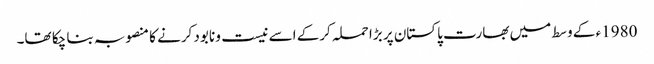
1980ء کے وسط میں بھارت پاکستان پر بڑا حملہ کرکے اسے نیست و نابود کرنے کا منصوبہ بنا چکا تھا۔